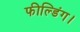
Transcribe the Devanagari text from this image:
फील्डिंग।